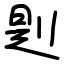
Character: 㓳